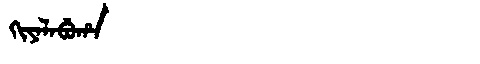
Manchu: ᡴᡳᠶᠠᠯᠠᠪᡠᡥᠠ
Romanization: KIYALABUHA